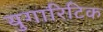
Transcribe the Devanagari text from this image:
युगारिटिक